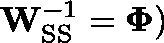
\mathbf { W } _ { \mathrm { S S } } ^ { - 1 } = \mathbf { \Phi } )